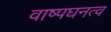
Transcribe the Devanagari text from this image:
वाष्पघनत्व